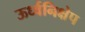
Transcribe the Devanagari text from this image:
ऊर्ध्वनिक्षेप